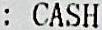
: CASH